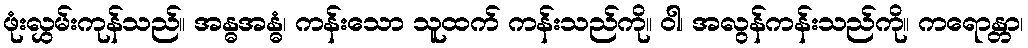
ဖုံးလွှမ်းကုန်သည်။ အန္ဓအန္ဓံ၊ ကန်းသော သူထက် ကန်းသည်ကို။ ဝါ၊ အလွန်ကန်းသည်ကို။ ကရောန္တာ၊